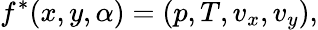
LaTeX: f^{*}(x,y,\alpha)=(p,T,v_{x},v_{y}),